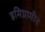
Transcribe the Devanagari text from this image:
इमिप्रामीन